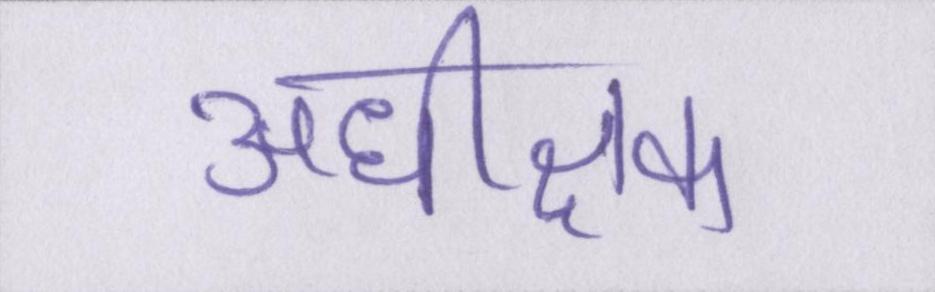
अधीक्षक